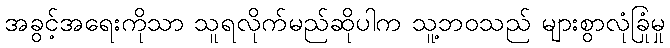
အခွင့်အရေးကိုသာ သူရလိုက်မည်ဆိုပါက သူ့ဘဝသည် များစွာလုံခြုံမှု